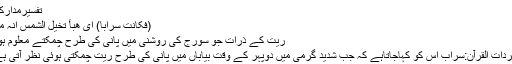
تفسیرِمدارک:
(فَکَانَتْ سَرَابًا) ای ھبأ تخیل الشمس انہ ماء
ریت کے ذرات جو سورج کی روشنی میں پانی کی طرح چمکتے معلوم ہوں
مفردات القرآن:سراب اس کو کہاجاتاہے کہ جب شدید گرمی میں دوپہر کے وقت بیاباں میں پانی کی طرح ریت چمکتی ہوئی نظر آتی ہے۔